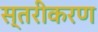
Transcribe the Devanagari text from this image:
स्‍तरीकरण